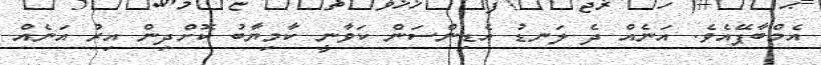
އެމްބާޕޭއެވެ. އަނެއް ދެ ލަނޑު އެޑިންސަން ކަވާނީ ކާމިޔާބު ކޮށްދިން އިރު އަނެއް